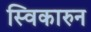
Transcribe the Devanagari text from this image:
स्विकारुन